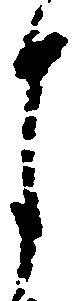
月